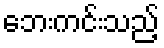
ဘေးကင်းသည့်